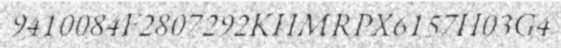
9410084F2807292KHMRPX6157H03G4